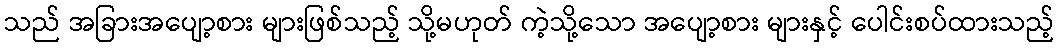
သည် အခြားအပျော့စား များဖြစ်သည့် သို့မဟုတ် ကဲ့သို့သော အပျော့စား များနှင့် ပေါင်းစပ်ထားသည့်